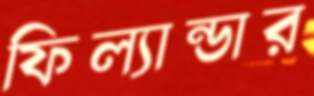
ফিল্যান্ডার